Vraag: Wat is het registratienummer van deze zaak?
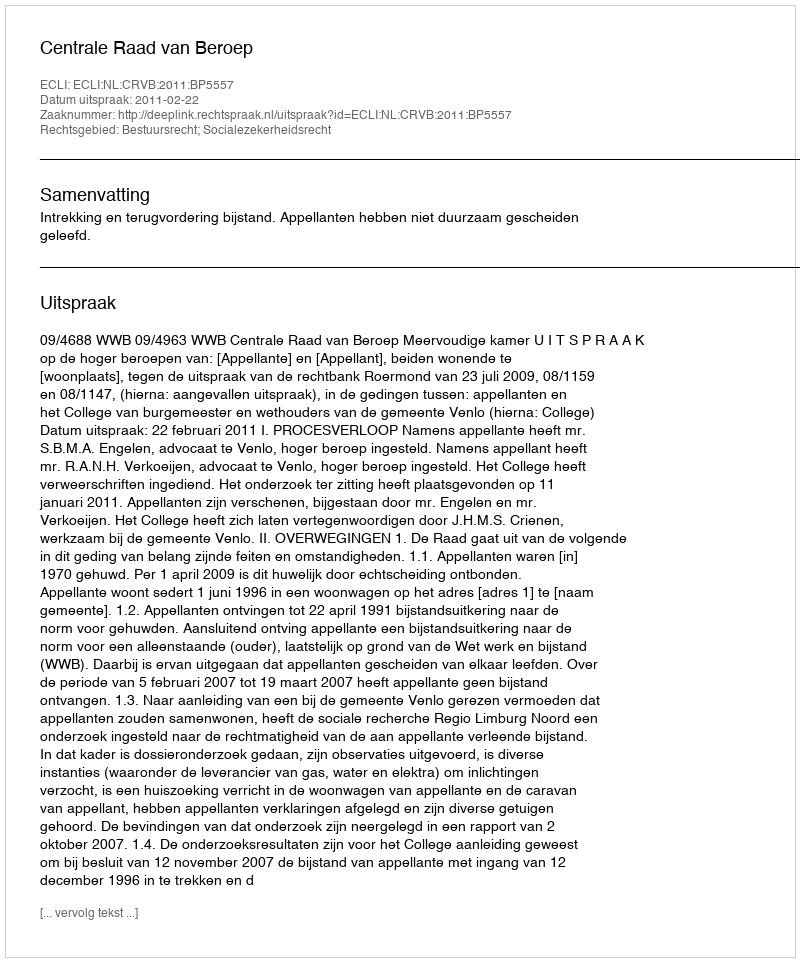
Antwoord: http://deeplink.rechtspraak.nl/uitspraak?id=ECLI:NL:CRVB:2011:BP5557